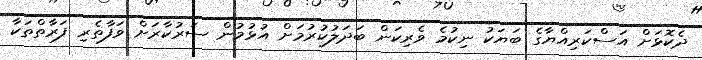
ދެކޮޅަށް އަސްކަރިއްޔާގެ ބަޔަކު ނިކުމެ ވެރިކަން ބަދަލުކުރުމަށް އުޅުމުން ސަރުކާރަށް ވަފާތެރި ފަރާތްތަކާ